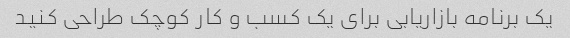
یک برنامه بازاریابی برای یک کسب و کار کوچک طراحی کنید